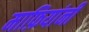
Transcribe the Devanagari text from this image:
माफ़ियांनी